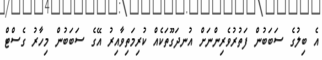
އެ ބިލުގެ ސަބަބުން ފަތުރުވެރިންނަށް އުނދަގޫތަކެއް ކުރިމަތިވާއިރު އޭގެ ސަބަބުން މިހާރު ގެސްޓް